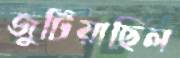
জুটিয়াছিল